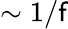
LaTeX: \sim1/\mathsf{f}